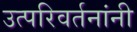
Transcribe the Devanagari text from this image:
उत्परिवर्तनांनी